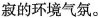
寂的环境气氛。